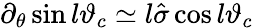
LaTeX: \partial_{\theta}\sin l\vartheta_{c}\simeq l\hat{\sigma}\cos l\vartheta_{c}